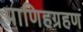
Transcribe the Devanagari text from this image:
पाणिहग्रहण